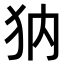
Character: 𤜽